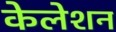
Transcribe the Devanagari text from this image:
केलेशन